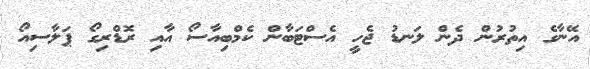
އޭނާގެ އިތުރުން ދެން ލަނޑު ޖެހީ އެސްޓަބާން ކެމްބިއާސޯ އާއި ރޮޑްރިގޯ ޕަލާސިއޯ